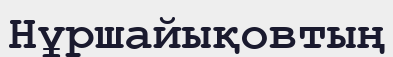
Нұршайықовтың